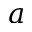
a